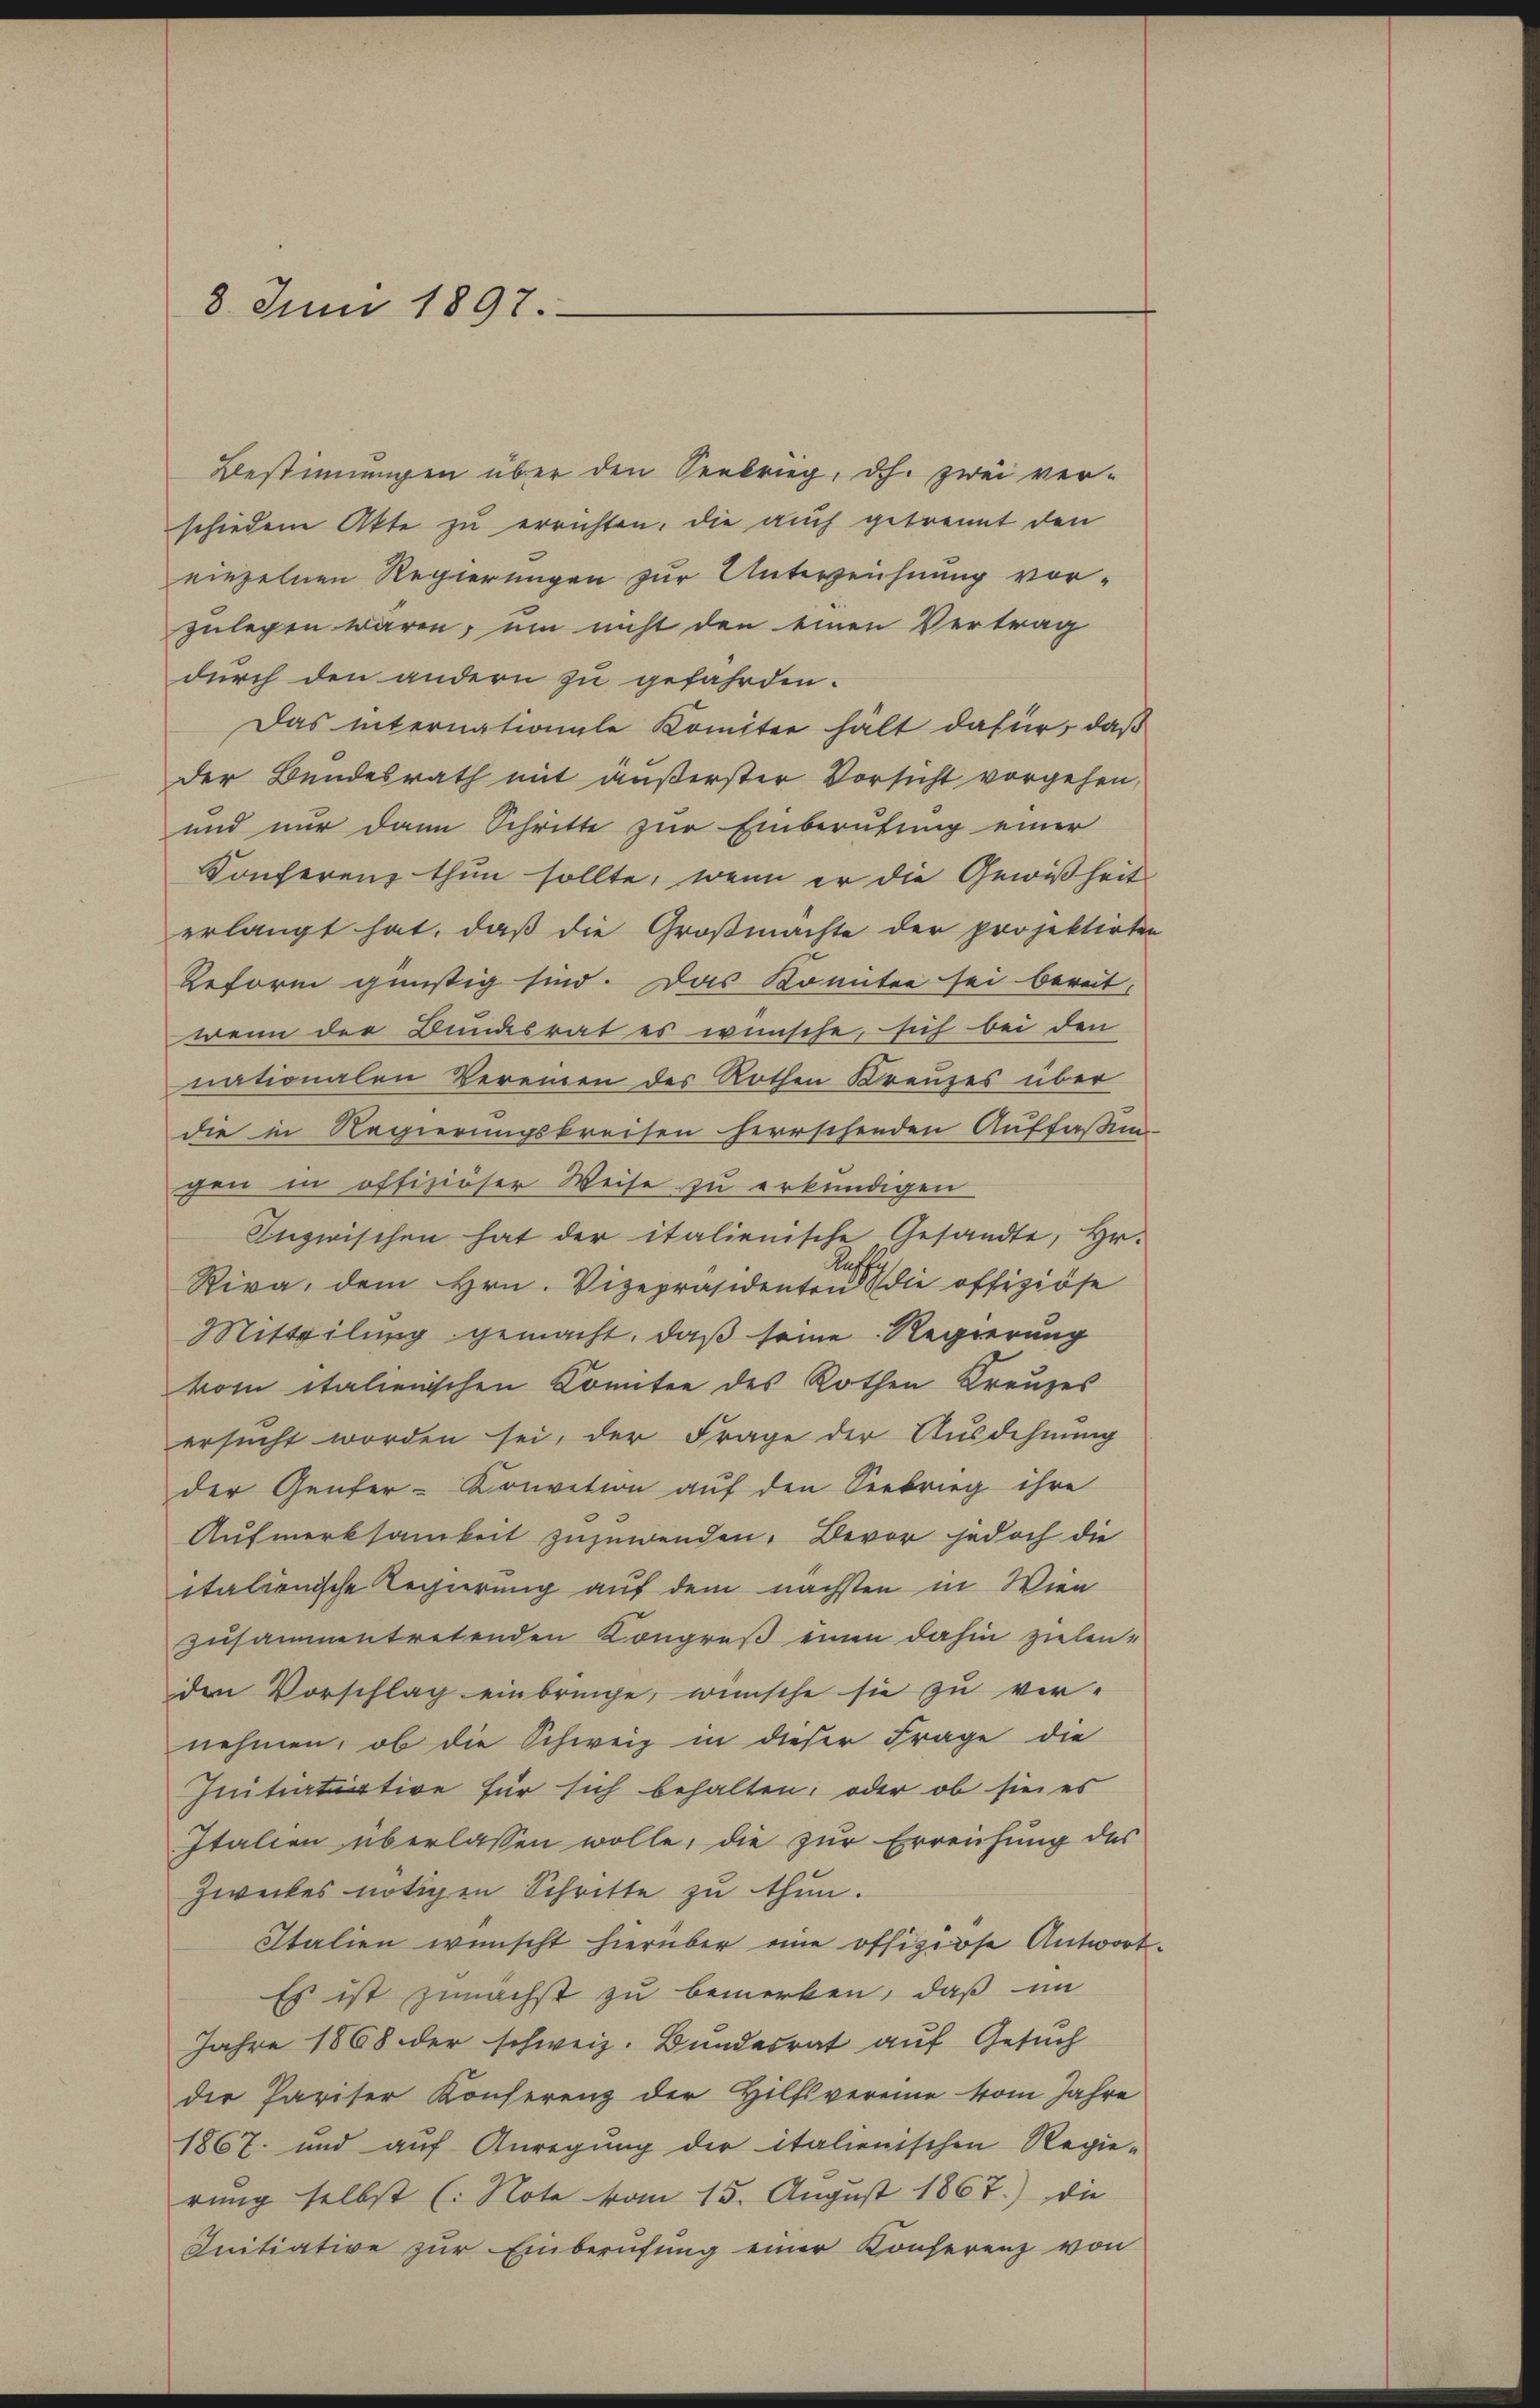
8. Juni 1897.

Bestimmungen über den Seekrieg, dh. zwei verschiedene Akte zu errichten, die auch getrennt den
einzelnen Regierungen zur Unterzeichnung vor-
zulegen wären, um nicht den einen Vertrag
durch den andern zu gefährden.
Das internationale Komitee hält dafür, daß
der Bundesrath mit äußerster Vorsicht vorgehen,
und nur dann Schritte zur Einberufung einer
Sonferenz thun sollte, wenn er die Gewißheit
erlangt hat, daß die Großmachte der projektirten
Reform günstig sind. Das konnten sei bereit,
wenn der Bundesrat es wünsche, sich bei den
nationalen Vereinen des Rothen Kreuzes über
die in Regierungskreisen herrschenden Auffaßen-
chen in offiziöser Weise zu erkundigen
Inzwischen hat der italienische Gesandte, Hr.
lus.
Riva, dem Hrn. Vizepräsidenten die offiziöse
Mitteilung gemacht, daß seine Regierung
kom italienischen Komitee des Rothen Kreuzes
ersucht worden sei, der Frage der Ausdehnung
der Genfer-Konvition auf den Seekrieg ihre
Aufmerksamkeit zuzuwenden. Bevor jedoch die
italienische Regierung auf dem nächsten in Wien
zusammentretenden Kongreß einen dahin zielenden Vorschlag einbringe, wünsche sie zu ver-
nehmen, ob die Schweiz in dieser Frage die
Initiatiative für sich behalten, oder ob sie es
Italien überlassen wolle, die zur Erreichung des
Zweckes nötigen Schritte zu thun.
Italien wünscht hierüber eine offiziöse Antwort
Es ist zunächst zu bemerken, daß im
Jahre 1868 der schweiz. Bundesrat auf Gesuch
der Pariser Konferenz der Hilfsvereine vom Jahre
1867 und auf Anregung der italienischen Regie-
rung selbst (: Note vom 15. August 1867.) die
Initiative zur Einberufung einer Konferenz von